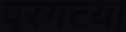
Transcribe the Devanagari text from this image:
परगटया